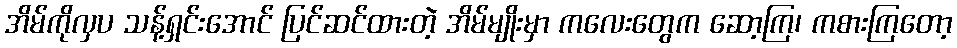
အိမ်ကိုလှပ သန့်ရှင်းအောင် ပြင်ဆင်ထားတဲ့ အိမ်မျိုးမှာ ကလေးတွေက ဆော့ကြ၊ ကစားကြတော့